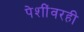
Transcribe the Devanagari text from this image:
पेशींवरही